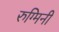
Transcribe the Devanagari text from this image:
रुग्मिनी